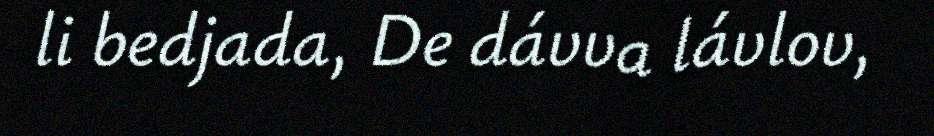
li bedjada, De dávva lávlov,